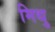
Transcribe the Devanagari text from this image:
मिथु